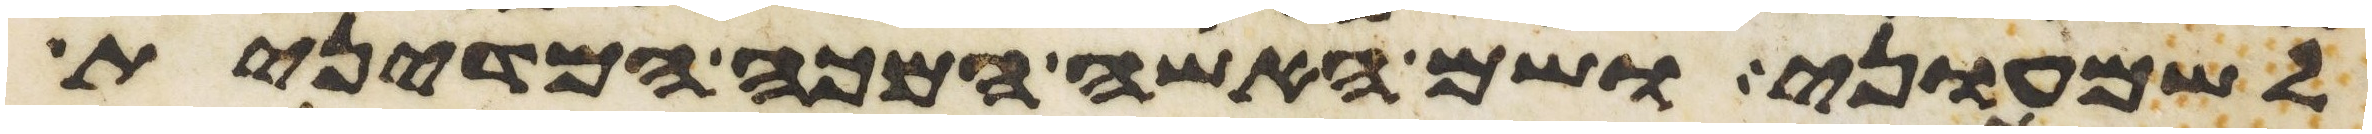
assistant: לשמעוני ושם האשה המכה המדינית